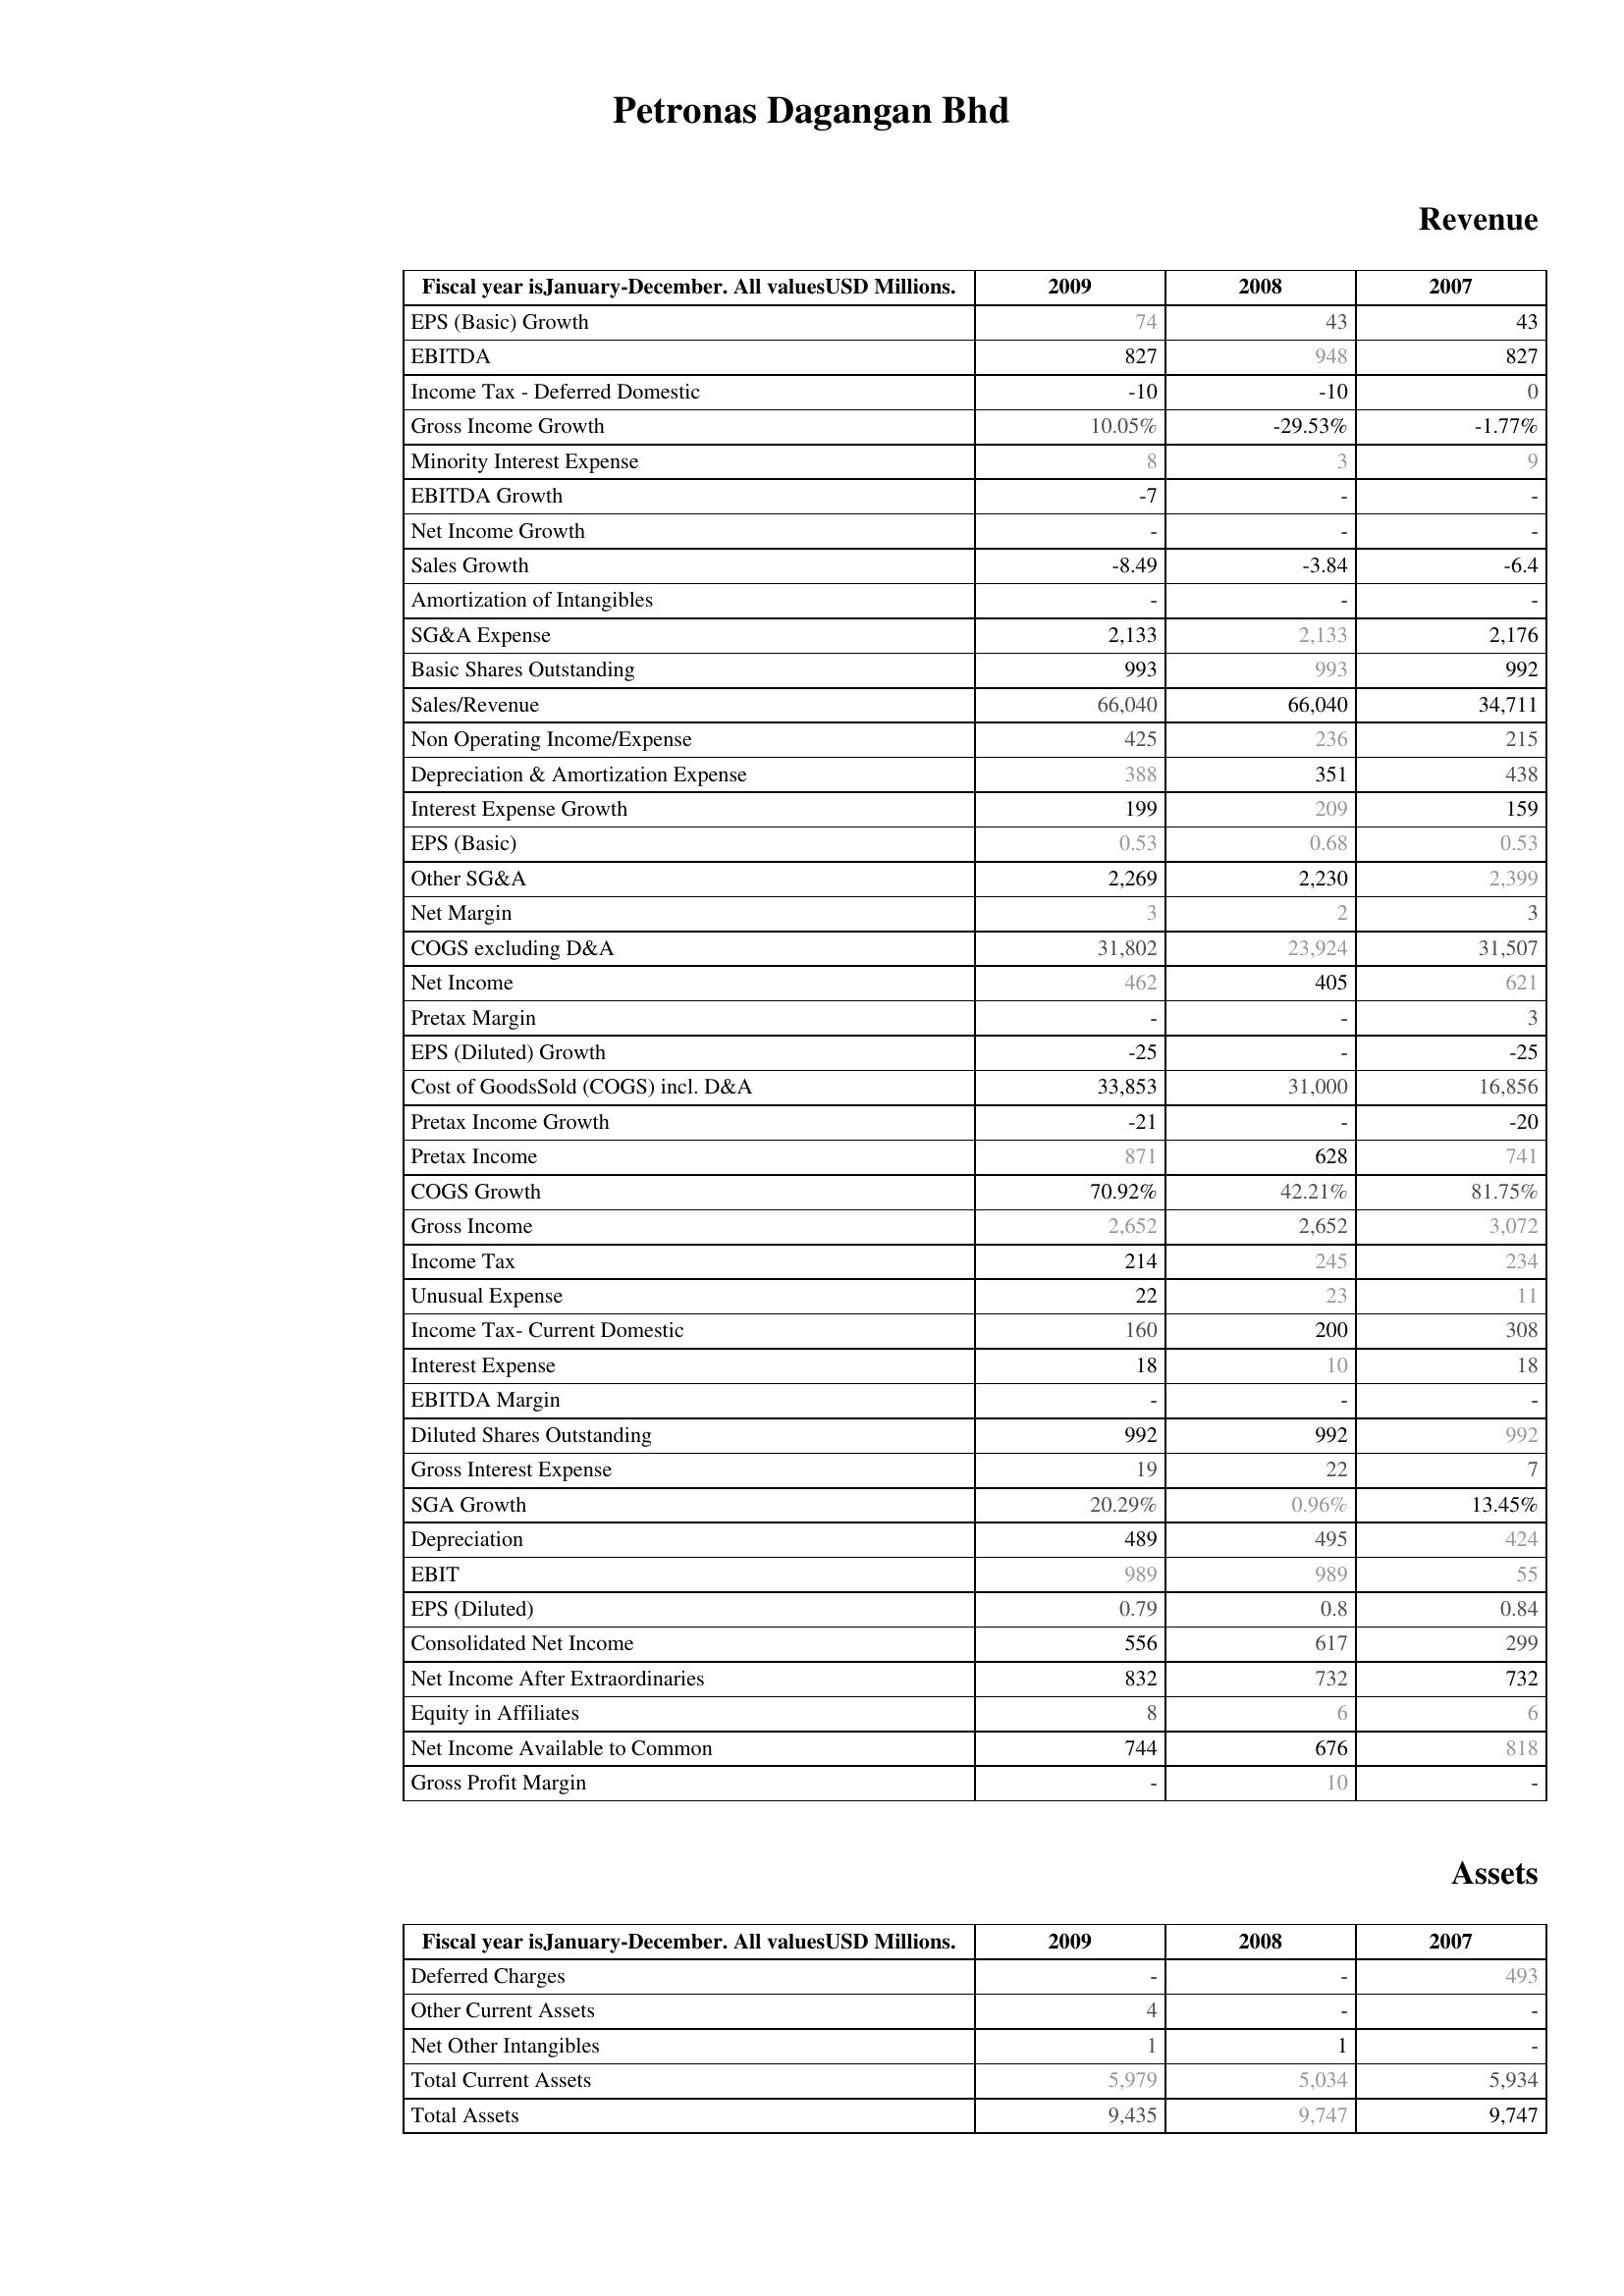
2009: Revenue: EPS (Basic) Growth: 74
EBITDA: 827
Income Tax - Deferred Domestic: -10
Gross Income Growth: 10.05%
Minority Interest Expense: 8
EBITDA Growth: -7
Net Income Growth: -
Sales Growth: -8.49
Amortization of Intangibles: -
SG&A Expense: 2,133
Basic Shares Outstanding: 993
Sales/Revenue: 66,040
Non Operating Income/Expense: 425
Depreciation & Amortization Expense: 388
Interest Expense Growth: 199
EPS (Basic): 0.53
Other SG&A: 2,269
Net Margin: 3
COGS excluding D&A: 31,802
Net Income: 462
Pretax Margin: -
EPS (Diluted) Growth: -25
Cost of GoodsSold (COGS) incl. D&A: 33,853
Pretax Income Growth: -21
Pretax Income: 871
COGS Growth: 70.92%
Gross Income: 2,652
Income Tax: 214
Unusual Expense: 22
Income Tax- Current Domestic: 160
Interest Expense: 18
EBITDA Margin: -
Diluted Shares Outstanding: 992
Gross Interest Expense: 19
SGA Growth: 20.29%
Depreciation: 489
EBIT: 989
EPS (Diluted): 0.79
Consolidated Net Income: 556
Net Income After Extraordinaries: 832
Equity in Affiliates: 8
Net Income Available to Common: 744
Gross Profit Margin: -
Assets: Deferred Charges: -
Other Current Assets: 4
Net Other Intangibles: 1
Total Current Assets: 5,979
Total Assets: 9,435
2008: Revenue: EPS (Basic) Growth: 43
EBITDA: 948
Income Tax - Deferred Domestic: -10
Gross Income Growth: -29.53%
Minority Interest Expense: 3
EBITDA Growth: -
Net Income Growth: -
Sales Growth: -3.84
Amortization of Intangibles: -
SG&A Expense: 2,133
Basic Shares Outstanding: 993
Sales/Revenue: 66,040
Non Operating Income/Expense: 236
Depreciation & Amortization Expense: 351
Interest Expense Growth: 209
EPS (Basic): 0.68
Other SG&A: 2,230
Net Margin: 2
COGS excluding D&A: 23,924
Net Income: 405
Pretax Margin: -
EPS (Diluted) Growth: -
Cost of GoodsSold (COGS) incl. D&A: 31,000
Pretax Income Growth: -
Pretax Income: 628
COGS Growth: 42.21%
Gross Income: 2,652
Income Tax: 245
Unusual Expense: 23
Income Tax- Current Domestic: 200
Interest Expense: 10
EBITDA Margin: -
Diluted Shares Outstanding: 992
Gross Interest Expense: 22
SGA Growth: 0.96%
Depreciation: 495
EBIT: 989
EPS (Diluted): 0.8
Consolidated Net Income: 617
Net Income After Extraordinaries: 732
Equity in Affiliates: 6
Net Income Available to Common: 676
Gross Profit Margin: 10
Assets: Deferred Charges: -
Other Current Assets: -
Net Other Intangibles: 1
Total Current Assets: 5,034
Total Assets: 9,747
2007: Revenue: EPS (Basic) Growth: 43
EBITDA: 827
Income Tax - Deferred Domestic: 0
Gross Income Growth: -1.77%
Minority Interest Expense: 9
EBITDA Growth: -
Net Income Growth: -
Sales Growth: -6.4
Amortization of Intangibles: -
SG&A Expense: 2,176
Basic Shares Outstanding: 992
Sales/Revenue: 34,711
Non Operating Income/Expense: 215
Depreciation & Amortization Expense: 438
Interest Expense Growth: 159
EPS (Basic): 0.53
Other SG&A: 2,399
Net Margin: 3
COGS excluding D&A: 31,507
Net Income: 621
Pretax Margin: 3
EPS (Diluted) Growth: -25
Cost of GoodsSold (COGS) incl. D&A: 16,856
Pretax Income Growth: -20
Pretax Income: 741
COGS Growth: 81.75%
Gross Income: 3,072
Income Tax: 234
Unusual Expense: 11
Income Tax- Current Domestic: 308
Interest Expense: 18
EBITDA Margin: -
Diluted Shares Outstanding: 992
Gross Interest Expense: 7
SGA Growth: 13.45%
Depreciation: 424
EBIT: 55
EPS (Diluted): 0.84
Consolidated Net Income: 299
Net Income After Extraordinaries: 732
Equity in Affiliates: 6
Net Income Available to Common: 818
Gross Profit Margin: -
Assets: Deferred Charges: 493
Other Current Assets: -
Net Other Intangibles: -
Total Current Assets: 5,934
Total Assets: 9,747